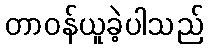
တာဝန်ယူခဲ့ပါသည်